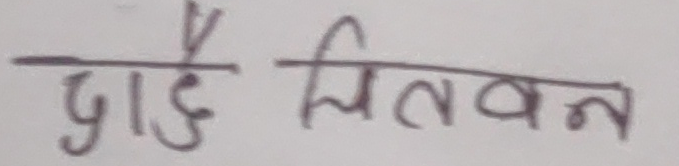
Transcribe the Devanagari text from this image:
दाङै चितवन